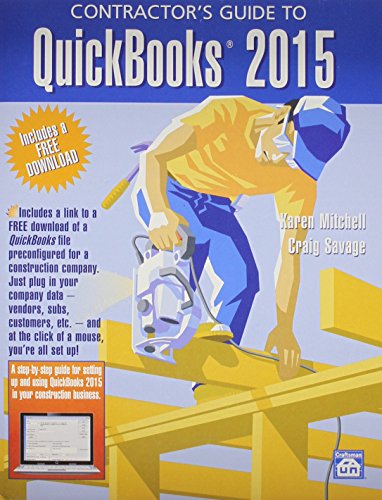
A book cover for Contractor's Guide to QuickBooks 2015; Karen Mitchell; Computers & Technology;